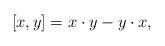
LaTeX: \begin{align*} [x, y] = x \cdot y - y \cdot x, \end{align*}